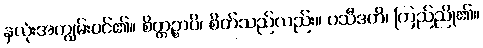
နှလုံးအကျွမ်းဝင်၏။ စိတ္တဉ္စာပိ၊ စိတ်သည်လည်း။ ပသီဒတိ၊ ကြည်ညို၏။